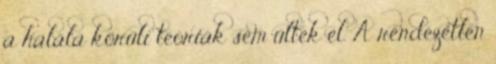
a halála körüli teóriák sem ültek el. A rendezetlen